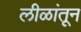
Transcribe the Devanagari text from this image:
लीळांतून